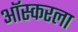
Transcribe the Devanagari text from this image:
ऑस्करला